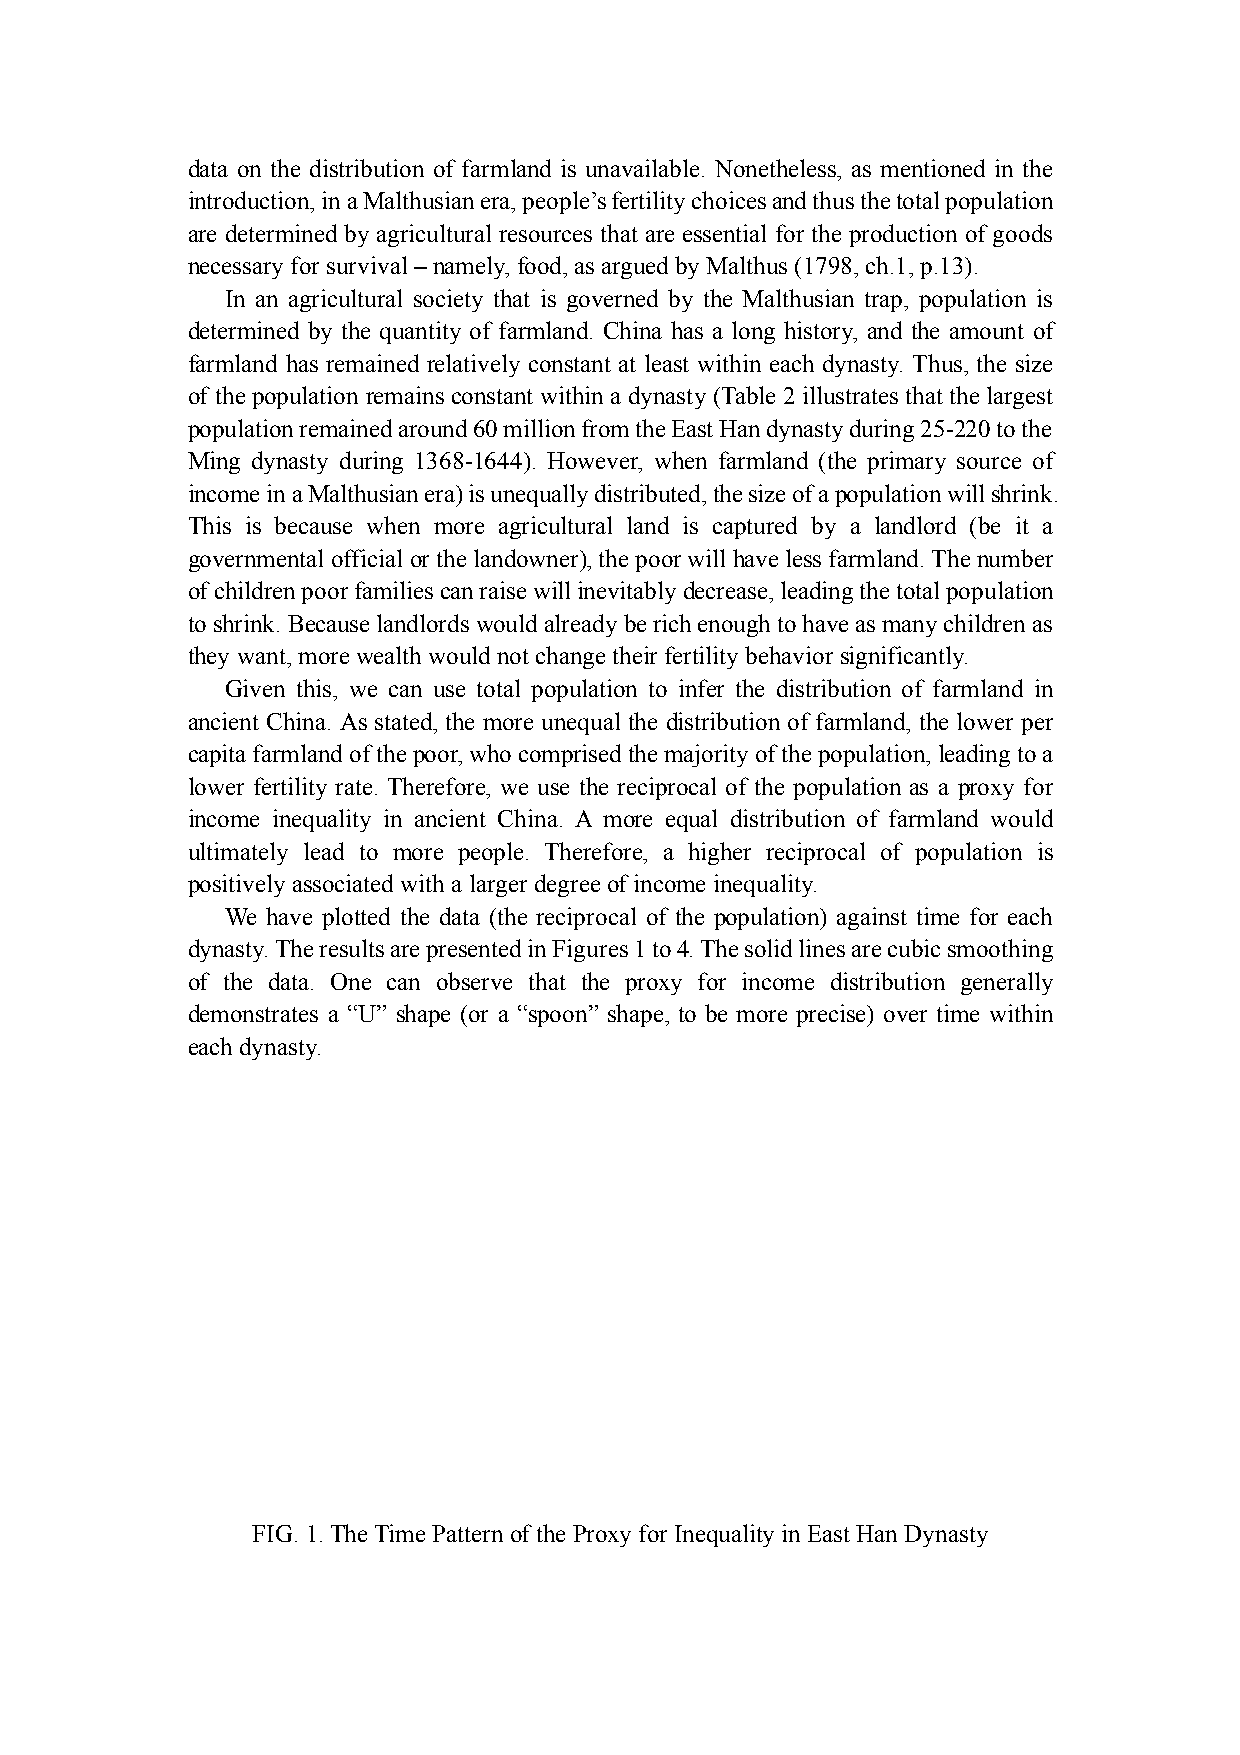
data on the distribution of farmland is unavailable. Nonetheless, as mentioned in the
 introduction, in a Malthusian era, people’s fertility choices and thus the total population
 are determined by agricultural resources that are essential for the production of goods
 necessary for survival – namely, food, as argued by Malthus (1798, ch.1, p.13).
 In an agricultural society that is governed by the Malthusian trap, population is
 determined by the quantity of farmland. China has a long history, and the amount of
 farmland has remained relatively constant at least within each dynasty. Thus, the size
 of the population remains constant within a dynasty (Table 2 illustrates that the largest
 population remained around 60 million from the East Han dynasty during 25-220 to the
 Ming dynasty during 1368-1644). However, when farmland (the primary source of
 income in a Malthusian era) is unequally distributed, the size of a population will shrink.
 This is because when more agricultural land is captured by a landlord (be it a
 governmental official or the landowner), the poor will have less farmland. The number
 of children poor families can raise will inevitably decrease, leading the total population
 to shrink. Because landlords would already be rich enough to have as many children as
 they want, more wealth would not change their fertility behavior significantly.
 Given this, we can use total population to infer the distribution of farmland in
 ancient China. As stated, the more unequal the distribution of farmland, the lower per
 capita farmland of the poor, who comprised the majority of the population, leading to a
 lower fertility rate. Therefore, we use the reciprocal of the population as a proxy for
 income inequality in ancient China. A more equal distribution of farmland would
 ultimately lead to more people. Therefore, a higher reciprocal of population is
 positively associated with a larger degree of income inequality.
 We have plotted the data (the reciprocal of the population) against time for each
 dynasty. The results are presented in Figures 1 to 4. The solid lines are cubic smoothing
 of the data. One can observe that the proxy for income distribution generally
 demonstrates a “U” shape (or a “spoon” shape, to be more precise) over time within
 each dynasty.
 FIG. 1. The Time Pattern of the Proxy for Inequality in East Han Dynasty